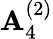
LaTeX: {\mathbf{A}}_{4}^{(2)}